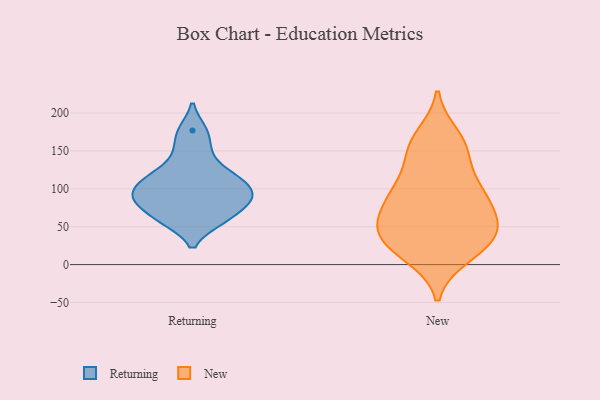
{"axis": {"x": "Budget (USD K)", "y": "Value"}, "legend": ["New", "Returning"], "data": [{"x": "", "y": 58, "type": "Returning"}, {"x": "", "y": 83, "type": "Returning"}, {"x": "", "y": 118, "type": "Returning"}, {"x": "", "y": 105, "type": "Returning"}, {"x": "", "y": 119, "type": "Returning"}, {"x": "", "y": 177, "type": "Returning"}, {"x": "", "y": 150, "type": "Returning"}, {"x": "", "y": 58, "type": "Returning"}, {"x": "", "y": 82, "type": "Returning"}, {"x": "", "y": 87, "type": "Returning"}, {"x": "", "y": 97, "type": "Returning"}, {"x": "", "y": 24, "type": "New"}, {"x": "", "y": 10, "type": "New"}, {"x": "", "y": 42, "type": "New"}, {"x": "", "y": 55, "type": "New"}, {"x": "", "y": 86, "type": "New"}, {"x": "", "y": 34, "type": "New"}, {"x": "", "y": 48, "type": "New"}, {"x": "", "y": 85, "type": "New"}, {"x": "", "y": 171, "type": "New"}, {"x": "", "y": 89, "type": "New"}, {"x": "", "y": 14, "type": "New"}, {"x": "", "y": 163, "type": "New"}, {"x": "", "y": 142, "type": "New"}, {"x": "", "y": 103, "type": "New"}, {"x": "", "y": 46, "type": "New"}, {"x": "", "y": 147, "type": "New"}, {"x": "", "y": 107, "type": "New"}, {"x": "", "y": 61, "type": "New"}]}